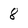
Character: 8